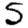
Digit: 5